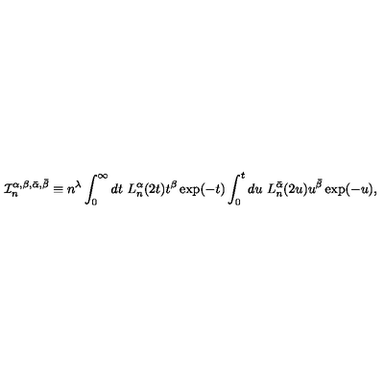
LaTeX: \mathcal { I } _ { n } ^ { \alpha , \beta , \bar { \alpha } , \bar { \beta } } \equiv n ^ { \lambda } \int _ { 0 } ^ { \infty } d t \ L _ { n } ^ { \alpha } ( 2 t ) t ^ { \beta } \exp ( - t ) \int _ { 0 } ^ { t } d u \ L _ { n } ^ { \bar { \alpha } } ( 2 u ) u ^ { \bar { \beta } } \exp ( - u ) ,